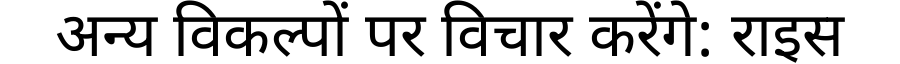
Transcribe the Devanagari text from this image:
अन्य विकल्पों पर विचार करेंगे: राइस